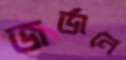
জর্ডানে